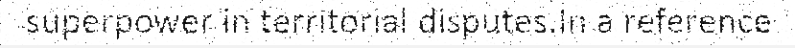
superpower in territorial disputes.In a reference